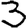
Digit: 3